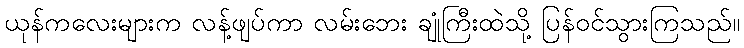
ယုန်ကလေးများက လန့်ဖျပ်ကာ လမ်းဘေး ချုံကြီးထဲသို့ ပြန်ဝင်သွားကြသည်။